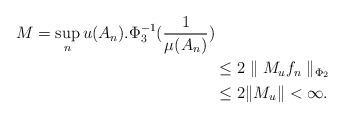
LaTeX: \begin{align*}M=\sup_n u(A_n).\Phi_3^{-1}(\frac{1}{\mu(A_n)})\\&\leq2\parallel M_uf_n\parallel_{\Phi_2}\\&\leq2\|M_u\|<\infty.\end{align*}